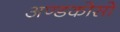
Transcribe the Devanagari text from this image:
अण्डकोसो